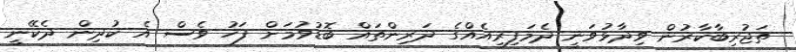
ތަޖުރިބާކާރުން ވިދާޅުވަނީ ދެމަފިރިއެއްގެ ދަރިންތައް ބޮޑުވުމަށް ފަހު ވެސް އެ ކުދިން ދެކޭނީ